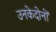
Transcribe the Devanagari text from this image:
उनकेदोनों